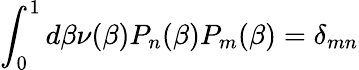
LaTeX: \int_{0}^{1}d\beta\nu(\beta)P_{n}(\beta)P_{m}(\beta)=\delta_{mn}